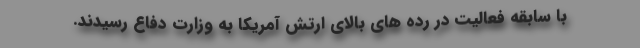
با سابقه فعالیت در رده های بالای ارتش آمریکا به وزارت دفاع رسیدند.